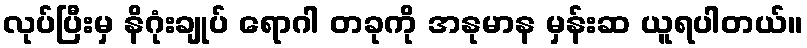
လုပ်ပြီးမှ နိဂုံးချုပ် ရောဂါ တခုကို အနုမာန မှန်းဆ ယူရပါတယ်။